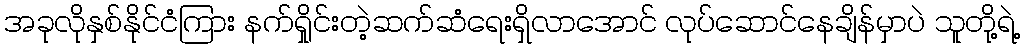
အခုလိုနှစ်နိုင်ငံကြား နက်ရှိုင်းတဲ့ဆက်ဆံရေးရှိလာအောင် လုပ်ဆောင်နေချိန်မှာပဲ သူတို့ရဲ့